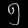
Digit: ၅